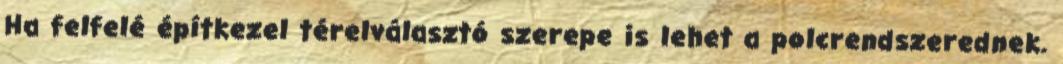
Ha felfelé építkezel térelválasztó szerepe is lehet a polcrendszerednek.